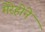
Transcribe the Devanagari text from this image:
मेरेहोने